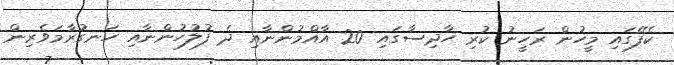
ކެފޭގައި މީހުން ރަހީނު ކުރި ހާދިސާގައި 20 އާއްމުންނާއި ދެ ފުލުހުންނާއި ހަނގުރާމަވެރިން